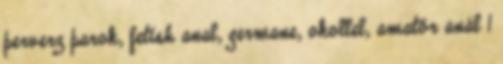
perverz parok, fetish anal, germane, okollel, amatőr anál 1